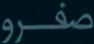
صفرو